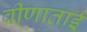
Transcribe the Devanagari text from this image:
वीणाताई